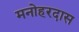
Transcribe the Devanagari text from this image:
मनोहरदास